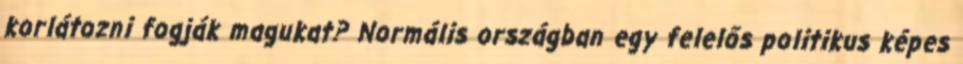
korlátozni fogják magukat? Normális országban egy felelős politikus képes